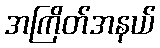
အကြိတ်အနယ်